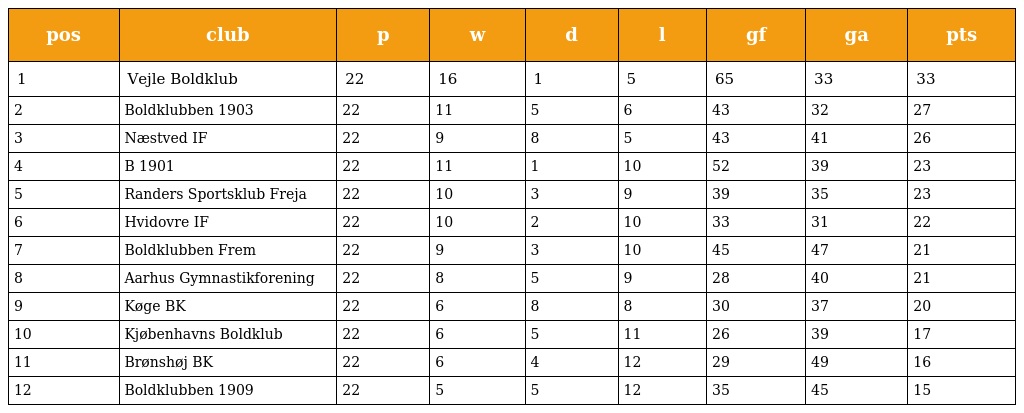
| pos | club | p | w | d | l | gf | ga | pts |
 | --- | --- | --- | --- | --- | --- | --- | --- | --- |
 | 1 | Vejle Boldklub | 22 | 16 | 1 | 5 | 65 | 33 | 33 |
 | 2 | Boldklubben 1903 | 22 | 11 | 5 | 6 | 43 | 32 | 27 |
 | 3 | Næstved IF | 22 | 9 | 8 | 5 | 43 | 41 | 26 |
 | 4 | B 1901 | 22 | 11 | 1 | 10 | 52 | 39 | 23 |
 | 5 | Randers Sportsklub Freja | 22 | 10 | 3 | 9 | 39 | 35 | 23 |
 | 6 | Hvidovre IF | 22 | 10 | 2 | 10 | 33 | 31 | 22 |
 | 7 | Boldklubben Frem | 22 | 9 | 3 | 10 | 45 | 47 | 21 |
 | 8 | Aarhus Gymnastikforening | 22 | 8 | 5 | 9 | 28 | 40 | 21 |
 | 9 | Køge BK | 22 | 6 | 8 | 8 | 30 | 37 | 20 |
 | 10 | Kjøbenhavns Boldklub | 22 | 6 | 5 | 11 | 26 | 39 | 17 |
 | 11 | Brønshøj BK | 22 | 6 | 4 | 12 | 29 | 49 | 16 |
 | 12 | Boldklubben 1909 | 22 | 5 | 5 | 12 | 35 | 45 | 15 |